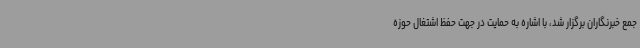
جمع خبرنگاران برگزار شد، با اشاره به حمایت در جهت حفظ اشتغال حوزه